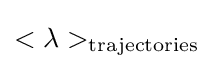
<\lambda >_{\mathrm {trajectories} }